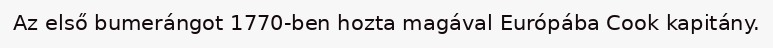
Az első bumerángot 1770-ben hozta magával Európába Cook kapitány.